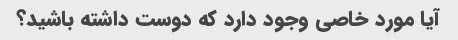
آیا مورد خاصی وجود دارد که دوست داشته باشید؟